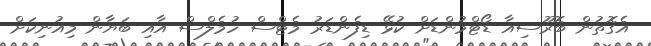
އެގޮތުން ބޮރޫސިއާ ޑޯޓްމުންޑަށް ކުޅޭ ޑިފެންޑަރު މެޓްސް ހުމެލްސް އާއި ބަޔާން މިއުނިކަށް